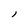
Character: l